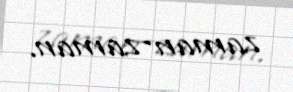
zaman-zaman.